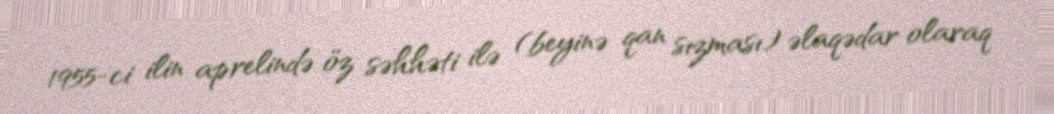
1955-ci ilin aprelində öz səhhəti ilə (beyinə qan sızması) əlaqədar olaraq